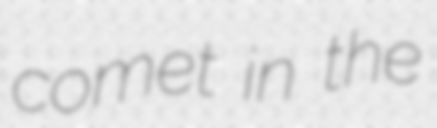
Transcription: comet in the